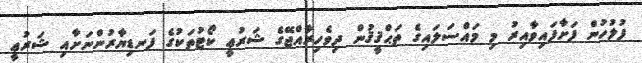
ފުލުހުން ފަށާފައިވާއިރު މި މައްސަލައިގެ ތަޙްޤީޤުން ދިވެހިރާއްޖޭގެ ޝަރުޢީ ކޯޓުތަކުގެ ފަނޑިޔާރުންނަށާއި ޝަރުޢީ